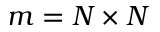
m = N \times N